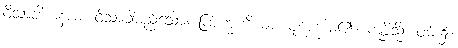
ဝိသာခါယနာမ၊ ဝိသာခါမည်သော။ ဗြာဟ္မဏိယာ၊ ပုဏ္ဏေးမ၏။ ကုစ္ဆိသ္မိံ၊ ဝမ်း၌။